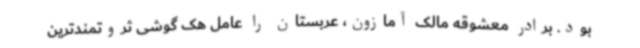
بود. برادر معشوقه مالک آمازون، عربستان را عامل هک گوشی ثروتمندترین